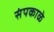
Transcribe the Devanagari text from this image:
संपकाळे